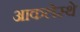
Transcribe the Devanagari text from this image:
आकलेस्थे